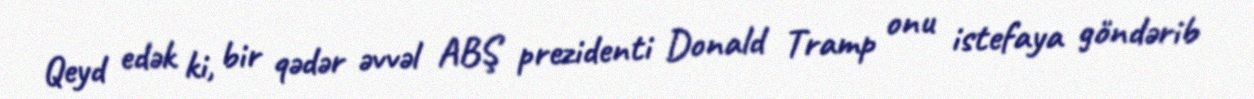
Qeyd edək ki, bir qədər əvvəl ABŞ prezidenti Donald Tramp onu istefaya göndərib